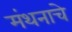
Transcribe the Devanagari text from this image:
मंथनाचे